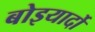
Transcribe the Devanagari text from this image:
बोइयार्दो